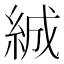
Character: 絾